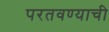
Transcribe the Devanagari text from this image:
परतवण्याची